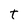
Character: t